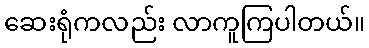
ဆေးရုံကလည်း လာကူကြပါတယ်။